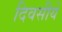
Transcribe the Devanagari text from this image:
दिवसीये